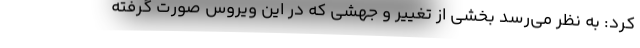
کرد: به نظر می‌رسد بخشی از تغییر و جهشی که در این ویروس صورت گرفته